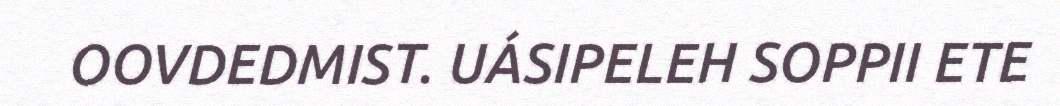
OOVDEDMIST. UÁSIPELEH SOPPII ETE